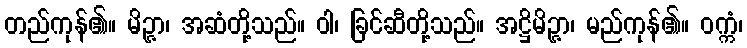
တည်ကုန်၏။ မိဉ္ဇာ၊ အဆံတို့သည်။ ဝါ၊ ခြင်ဆီတို့သည်။ အဋ္ဌိမိဉ္ဇာ၊ မည်ကုန်၏။ ဝက္ကံ၊